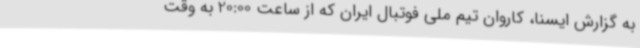
به گزارش ایسنا، کاروان تیم ملی فوتبال ایران که از ساعت 20:00 به وقت